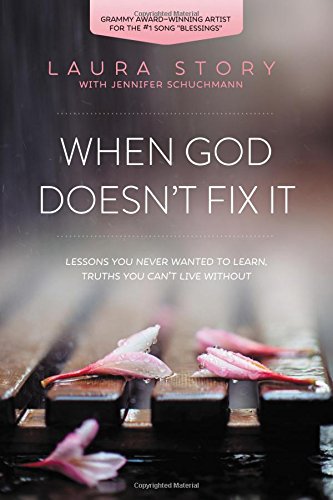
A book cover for When God Doesn't Fix It: Lessons You Never Wanted to Learn, Truths You Can't Live Without; Laura Story; Christian Books & Bibles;